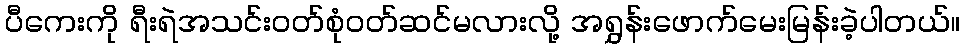
ပီကေးကို ရီးရဲအသင်းဝတ်စုံဝတ်ဆင်မလားလို့ အရွှန်းဖောက်မေးမြန်းခဲ့ပါတယ်။